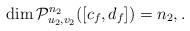
LaTeX: \begin{align*}\dim {\cal P}^{n_2}_{u_2,v_2}([c_f,d_f])=n_2, . \end{align*}